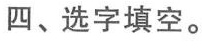
四、选字填空。